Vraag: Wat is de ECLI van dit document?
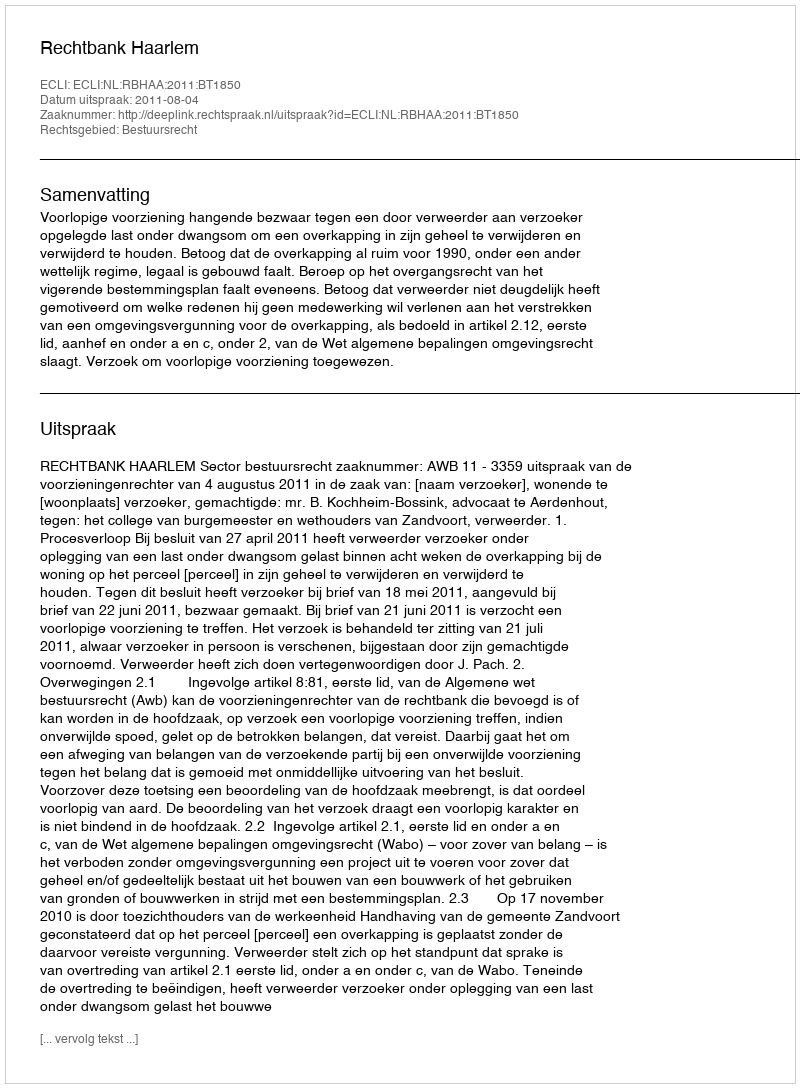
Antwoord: ECLI:NL:RBHAA:2011:BT1850